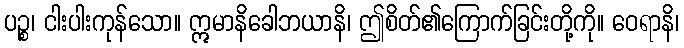
ပဉ္စ၊ ငါးပါးကုန်သော။ ဣမာနိခေါဘယာနိ၊ ဤစိတ်၏ကြောက်ခြင်းတို့ကို။ ဝေရာနိ၊